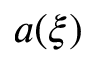
a ( \xi )